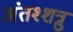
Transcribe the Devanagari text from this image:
अंतश्शत्रु